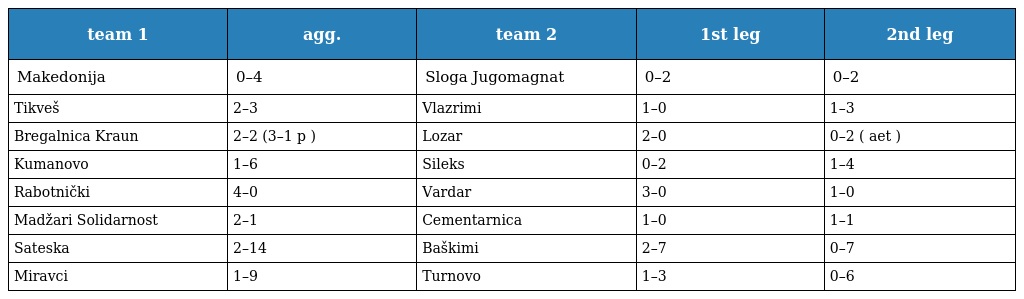
| team 1 | agg. | team 2 | 1st leg | 2nd leg |
 | --- | --- | --- | --- | --- |
 | Makedonija | 0–4 | Sloga Jugomagnat | 0–2 | 0–2 |
 | Tikveš | 2–3 | Vlazrimi | 1–0 | 1–3 |
 | Bregalnica Kraun | 2–2 (3–1 p ) | Lozar | 2–0 | 0–2 ( aet ) |
 | Kumanovo | 1–6 | Sileks | 0–2 | 1–4 |
 | Rabotnički | 4–0 | Vardar | 3–0 | 1–0 |
 | Madžari Solidarnost | 2–1 | Cementarnica | 1–0 | 1–1 |
 | Sateska | 2–14 | Baškimi | 2–7 | 0–7 |
 | Miravci | 1–9 | Turnovo | 1–3 | 0–6 |